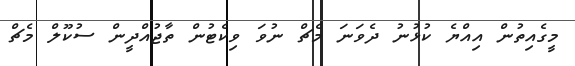
މީގެއިތުން އިއްޔެ ކުޅުނު ދެވަނަ މެޗް ނުވަ ވިކެޓުން ތާޖުއްދީން ސުކޫލް މެޗް